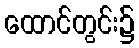
ထောင်တွင်း၌